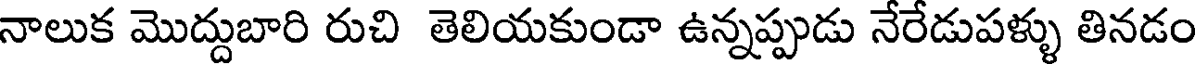
నాలుక మొద్దుబారి రుచి తెలియకుండా ఉన్నప్పుడు నేరేడుపళ్ళు తినడం